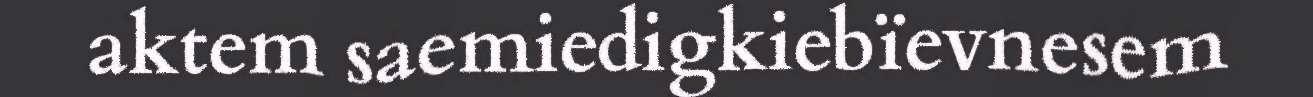
aktem saemiedigkiebïevnesem